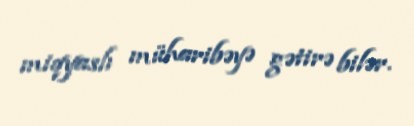
miqyaslı müharibəyə gətirə bilər.